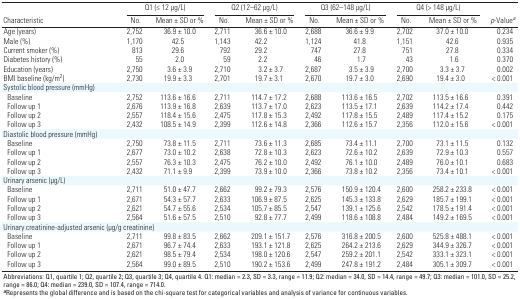
<table><thead><tr><td rowspan="2"><b>Characteristic</b></td><td colspan="2"><b>Q1 (≤ 12 μg/L) </b></td><td colspan="2"><b>Q2 (12–62 μg/L)</b></td><td colspan="2"><b>Q3 (62–148 μg/L)</b></td><td colspan="2"><b>Q4 (&gt; 148 μg/L)</b></td><td rowspan="2"><b><i>p</i>-Value<sup><i>a</i></sup></b></td></tr><tr><td><b>No.</b></td><td><b>Mean ± SD or %</b></td><td><b>No.</b></td><td><b>Mean ± SD or %</b></td><td><b>No.</b></td><td><b>Mean ± SD or %</b></td><td><b>No.</b></td><td><b>Mean ± SD or %</b></td></tr></thead><tbody><tr><td><b>Age (years)</b></td><td>2,752</td><td>36.9 ± 10.0</td><td>2,711</td><td>36.6 ± 10.0</td><td>2,688</td><td>36.6 ± 9.9</td><td>2,702</td><td>37.0 ± 10.0</td><td>0.234</td></tr><tr><td><b>Male (%)</b></td><td>1,170</td><td>42.5</td><td>1,143</td><td>42.2</td><td>1,124</td><td>41.8</td><td>1,151</td><td>42.6</td><td>0.935</td></tr><tr><td><b>Current smoker (%)</b></td><td>813</td><td>29.6</td><td>792</td><td>29.2</td><td>747</td><td>27.8</td><td>751</td><td>27.8</td><td>0.334</td></tr><tr><td><b>Diabetes history (%)</b></td><td>55</td><td>2.0</td><td>59</td><td>2.2</td><td>46</td><td>1.7</td><td>43</td><td>1.6</td><td>0.370</td></tr><tr><td><b>Education (years)</b></td><td>2,750</td><td>3.6 ± 3.9</td><td>2,710</td><td>3.2 ± 3.7</td><td>2,687</td><td>3.5 ± 3.9</td><td>2,700</td><td>3.3 ± 3.7</td><td>0.002</td></tr><tr><td><b>BMI baseline (kg/m<sup>2</sup>)</b></td><td>2,730</td><td>19.9 ± 3.3</td><td>2,701</td><td>19.7 ± 3.1</td><td>2,670</td><td>19.7 ± 3.0</td><td>2,690</td><td>19.4 ± 3.0</td><td>&lt; 0.001</td></tr><tr><td><b>Systolic blood pressure (mmHg)</b></td></tr><tr><td><b>Baseline</b></td><td>2,752</td><td>113.6 ± 16.6</td><td>2,711</td><td>114.7 ± 17.2</td><td>2,688</td><td>113.6 ± 16.5</td><td>2,702</td><td>113.5 ± 16.6</td><td>0.391</td></tr><tr><td><b>Follow up 1</b></td><td>2,676</td><td>113.9 ± 16.8</td><td>2,639</td><td>113.7 ± 17.0</td><td>2,623</td><td>113.5 ± 17.1</td><td>2,639</td><td>114.2 ± 17.4</td><td>0.442</td></tr><tr><td><b>Follow up 2</b></td><td>2,557</td><td>118.4 ± 15.6</td><td>2,475</td><td>117.8 ± 15.3</td><td>2,492</td><td>117.8 ± 15.5</td><td>2,489</td><td>117.4 ± 15.2</td><td>0.175</td></tr><tr><td><b>Follow up 3</b></td><td>2,432</td><td>108.5 ± 14.9</td><td>2,399</td><td>112.6 ± 14.8</td><td>2,366</td><td>112.6 ± 15.7</td><td>2,356</td><td>112.0 ± 15.6</td><td>&lt; 0.001</td></tr><tr><td><b>Diastolic blood pressure (mmHg)</b></td></tr><tr><td><b>Baseline</b></td><td>2,750</td><td>73.8 ± 11.5</td><td>2,711</td><td>73.6 ± 11.3</td><td>2,685</td><td>73.4 ± 11.1</td><td>2,700</td><td>73.1 ± 11.5</td><td>0.132</td></tr><tr><td><b>Follow up 1</b></td><td>2,677</td><td>73.0 ± 10.2</td><td>2,638</td><td>72.8 ± 10.3</td><td>2,623</td><td>72.6 ± 10.2</td><td>2,639</td><td>72.9 ± 10.3</td><td>0.557</td></tr><tr><td><b>Follow up 2</b></td><td>2,557</td><td>76.3 ± 10.3</td><td>2,475</td><td>76.2 ± 10.0</td><td>2,492</td><td>76.1 ± 10.0</td><td>2,489</td><td>76.0 ± 10.1</td><td>0.683</td></tr><tr><td><b>Follow up 3</b></td><td>2,432</td><td>71.1 ± 9.9</td><td>2,399</td><td>73.9 ± 10.0</td><td>2,366</td><td>73.8 ± 10.2</td><td>2,356</td><td>73.4 ± 10.1</td><td>&lt; 0.001</td></tr><tr><td><b>Urinary arsenic (μg/L)</b></td></tr><tr><td><b>Baseline</b></td><td>2,711</td><td>51.0 ± 47.7</td><td>2,662</td><td>99.2 ± 79.3</td><td>2,576</td><td>150.9 ± 120.4</td><td>2,600</td><td>258.2 ± 233.8</td><td>&lt; 0.001</td></tr><tr><td><b>Follow up 1</b></td><td>2,671</td><td>54.3 ± 57.7</td><td>2,633</td><td>106.9 ± 87.5</td><td>2,625</td><td>145.3 ± 133.8</td><td>2,629</td><td>185.7 ± 199.1</td><td>&lt; 0.001</td></tr><tr><td><b>Follow up 2</b></td><td>2,621</td><td>54.7 ± 55.6</td><td>2,534</td><td>105.7 ± 85.5</td><td>2,547</td><td>139.1 ± 125.6</td><td>2,542</td><td>178.5 ± 191.4</td><td>&lt; 0.001</td></tr><tr><td><b>Follow up 3</b></td><td>2,564</td><td>51.6 ± 57.5</td><td>2,510</td><td>92.8 ± 77.7</td><td>2,499</td><td>118.6 ± 108.8</td><td>2,484</td><td>149.2 ± 169.5</td><td>&lt; 0.001</td></tr><tr><td><b>Urinary creatinine-adjusted arsenic (μg/g creatinine) </b></td></tr><tr><td><b>Baseline</b></td><td>2,711</td><td>99.8 ± 83.5</td><td>2,662</td><td>209.1 ± 151.7 </td><td>2,576</td><td>316.8 ± 200.5</td><td>2,600</td><td>525.8 ± 488.1</td><td>&lt; 0.001</td></tr><tr><td><b>Follow up 1</b></td><td>2,671</td><td>96.7 ± 74.4</td><td>2,633</td><td>193.1 ± 121.8</td><td>2,625</td><td>264.2 ± 213.6</td><td>2,629</td><td>344.9 ± 326.7</td><td>&lt; 0.001</td></tr><tr><td><b>Follow up 2</b></td><td>2,621</td><td>98.5 ± 79.4</td><td>2,534</td><td>198.0 ± 120.6</td><td>2,547</td><td>259.2 ± 201.1</td><td>2,542</td><td>333.1 ± 323.1 </td><td>&lt; 0.001</td></tr><tr><td><b>Follow up 3</b></td><td>2,564</td><td>99.0 ± 89.5</td><td>2,510</td><td>190.2 ± 153.6</td><td>2,499</td><td>247.8 ± 191.2</td><td>2,484</td><td>305.1 ± 309.7</td><td>&lt; 0.001</td></tr><tr><td colspan="10">Abbreviations: Q1, quartile 1; Q2, quartile 2; Q3, quartile 3; Q4, quartile 4. Q1: median = 2.3, SD = 3.3, range = 11.9; Q2: median = 34.0, SD = 14.4, range = 49.7; Q3: median = 101.0, SD = 25.2, range = 86.0; Q4: median = 239.0, SD = 107.4, range = 714.0.<sup><i><b>a</b></i></sup>Represents the global difference and is based on the chi-square test for categorical variables and analysis of variance for continuous variables.</td></tr></tbody></table>